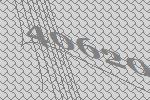
40620